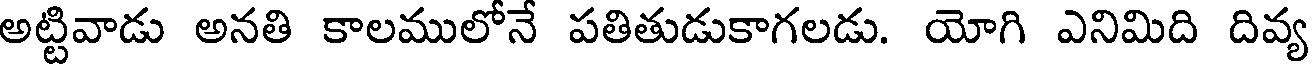
అట్టివాడు అనతి కాలములోనే పతితుడుకాగలడు. యోగి ఎనిమిది దివ్య